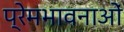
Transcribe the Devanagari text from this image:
प्रेमभावनाओं